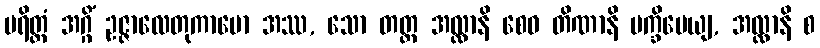
ပရိတ္တံ အဂ္ဂိံ ဥဇ္ဇာလေတုကာမော အဿ, သော တတ္ထ အလ္လာနိ စေဝ တိဏာနိ ပက္ခိပေယျ, အလ္လာနိ စ